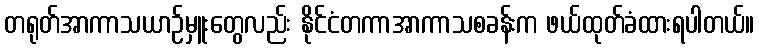
တရုတ်အာကာသယာဉ်မှူးတွေလည်း နိုင်ငံတကာအာကာသစခန်းက ဖယ်ထုတ်ခံထားရပါတယ်။